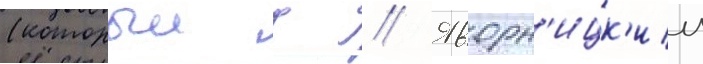
(которыи д // Яворн'ицк'ии